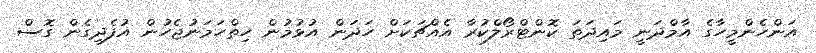
އަންހެންމީހާގެ އާމްދަނީ މައިދަތަ ކޮންޓްރޯލްކުރާ އެއްޗަކަށް ހަދަން އުޅުމުން ހިތްހަމަނުޖެހުން އުފެދިގެން ގޮސް